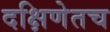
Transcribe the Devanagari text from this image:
दक्षिणेतच